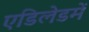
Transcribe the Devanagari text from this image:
एडिलेडमें